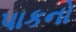
પાકનો